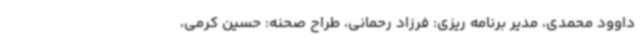
داوود محمدی، مدیر برنامه ریزی: فرزاد رحمانی، طراح صحنه: حسین کرمی،